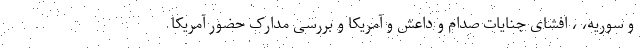
و سوریه، ، افشای جنایات صدام و داعش و آمریکا و بررسی مدارک حضور آمریکا